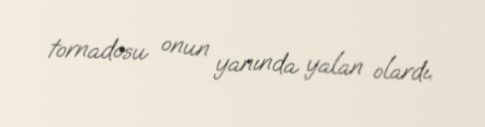
tornadosu onun yanında yalan olardı.